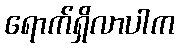
ရောက်ရှိလာပါက